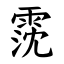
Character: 霃